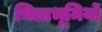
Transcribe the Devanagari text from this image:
चित्तभूमियों